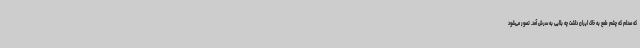
که صدام که چشم طمع به خاک ایران داشت چه بلایی به سرش آمد. تصور می‌شود